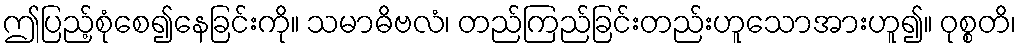
ဤပြည့်စုံစေ၍နေခြင်းကို။ သမာဓိဗလံ၊ တည်ကြည်ခြင်းတည်းဟူသောအားဟူ၍။ ဝုစ္စတိ၊